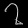
Digit: ၇